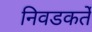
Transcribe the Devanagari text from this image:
निवडकर्ते